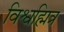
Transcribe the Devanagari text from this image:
विश्वह्मित्र